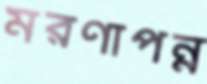
মরণাপন্ন